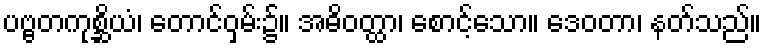
ပဗ္ဗတကုစ္ဆိယံ၊ တောင်ဝှမ်း၌။ အဓိဝတ္ထာ၊ စောင့်သော။ ဒေဝတာ၊ နတ်သည်။